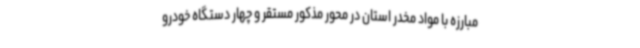
مبارزه با مواد مخدر استان در محور مذکور مستقر و چهار دستگاه خودرو